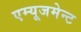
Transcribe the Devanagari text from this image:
एम्‍यूजमेन्‍ट